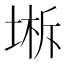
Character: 𰊁